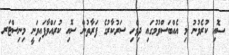
ސޮއި ކުރެވުނު މި އެއްބަސްވުމުގައި ދިވެހި ސަރުކާރުގެ ފަރާތުން ސޮއި ކުރައްވާފައިވަނީ މިނިސްޓަރ